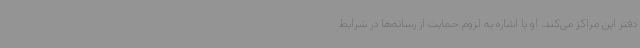
دفتر این مراکز می‌کند. او با اشاره به لزوم حمایت از رسانه‌ها در شرایط